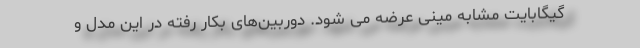
گیگابایت مشابه مینی عرضه می شود. دوربین‌های بکار رفته در این مدل و